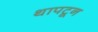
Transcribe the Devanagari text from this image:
थापटून